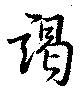
謁